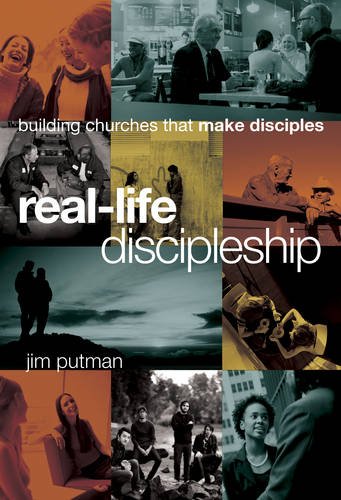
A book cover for Real-Life Discipleship: Building Churches That Make Disciples; Jim Putman; Christian Books & Bibles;